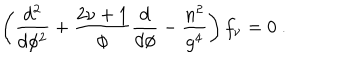
LaTeX: \left( \frac { d ^ { 2 } } { d \phi ^ { 2 } } + \frac { 2 \nu + 1 } { \phi } \frac { d } { d \phi } - \frac { n ^ { 2 } } { g ^ { 4 } } \right) f _ { \nu } = 0 ~ .